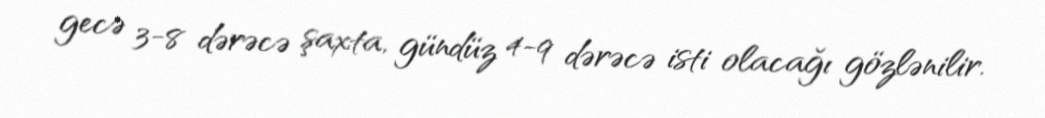
gecə 3-8 dərəcə şaxta, gündüz 4-9 dərəcə isti olacağı gözlənilir.